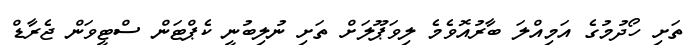
ތަށި ހޯދުމުގެ އަމިއްލަ ބާރުއޮވެމެ ލިވަޕޫލަށް ތަށި ނުލިބުނީ ކެޕްޓަން ސްޓީވަން ޖެރާޑް